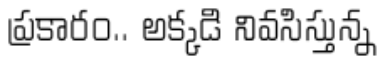
ప్రకారం.. అక్కడి నివసిస్తున్న